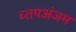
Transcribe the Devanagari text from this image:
च्तपअंजम